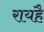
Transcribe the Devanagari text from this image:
रायहै